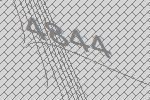
4844